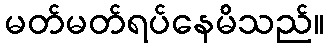
မတ်မတ်ရပ်နေမိသည်။